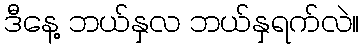
ဒီနေ့ ဘယ်နှလ ဘယ်နှရက်လဲ။